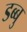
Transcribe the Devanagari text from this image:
डब्बु